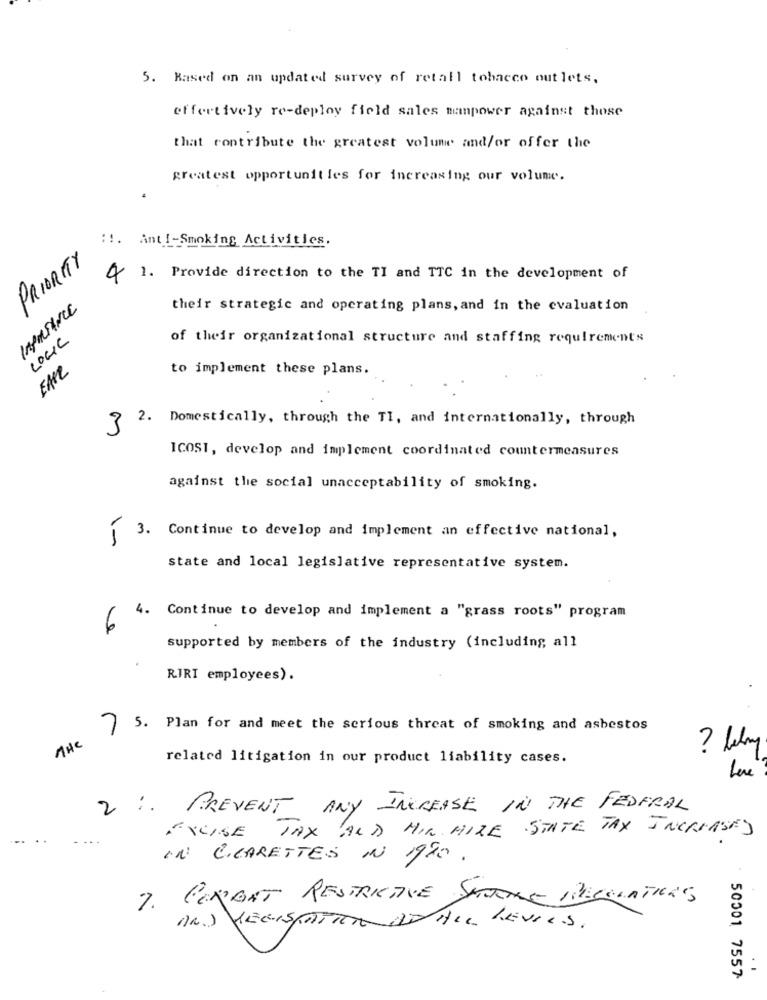
5. Based on an updated survey of retail tobacco out lets.
effectively re-deploy field sales manpower against those
that contribute the greatest volume and/or offer the
greatest opportunities for increasing our volume.
:!. Anti-Smoking Activities.
PRIORITY
4 1. Provide direction to the TI and TTC in the development of
IMPORTANCE
their strategic and operating plans, and in the evaluation
LOGIC
of their organizational structure and staffing requirements
to implement these plans.
2. Domestically, through the TI, and internationally, through
3
ICOST, develop and implement coordinated countermeasures
against the social unacceptability of smoking.
Continue to develop and implement an effective national,
state and local legislative representative system.
4.
6
Continue to develop and implement a "grass roots" program
supported by members of the industry (including all
RIRI employees).
7 5. Plan for and meet the serious threat of smoking and asbestos
THE
related litigation in our product liability cases.
Leve
2 :. PREVENT ANY INCREASE IN THE FEDERAL
EXCISE TAX AND MIR HIRE STATE TAX INCREASES
... ..
IN CCARETTES IN 19TO.
7. CONGAT RESTRICTIVE SETTORE PRISMATICAS
50001 7557